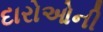
દારોઓની